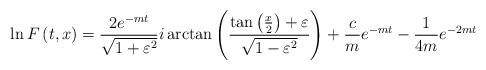
LaTeX: \begin{align*}\ln F\left( t,x\right) =\frac{2e^{-mt}}{\sqrt{1+\varepsilon ^{2}}}i\arctan\left( \frac{\tan \left( \frac{x}{2}\right) +\varepsilon }{\sqrt{1-\varepsilon ^{2}}}\right) +\frac{c}{m}e^{-mt}-\frac{1}{4m}e^{-2mt}\end{align*}